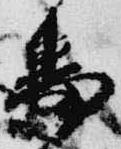
番